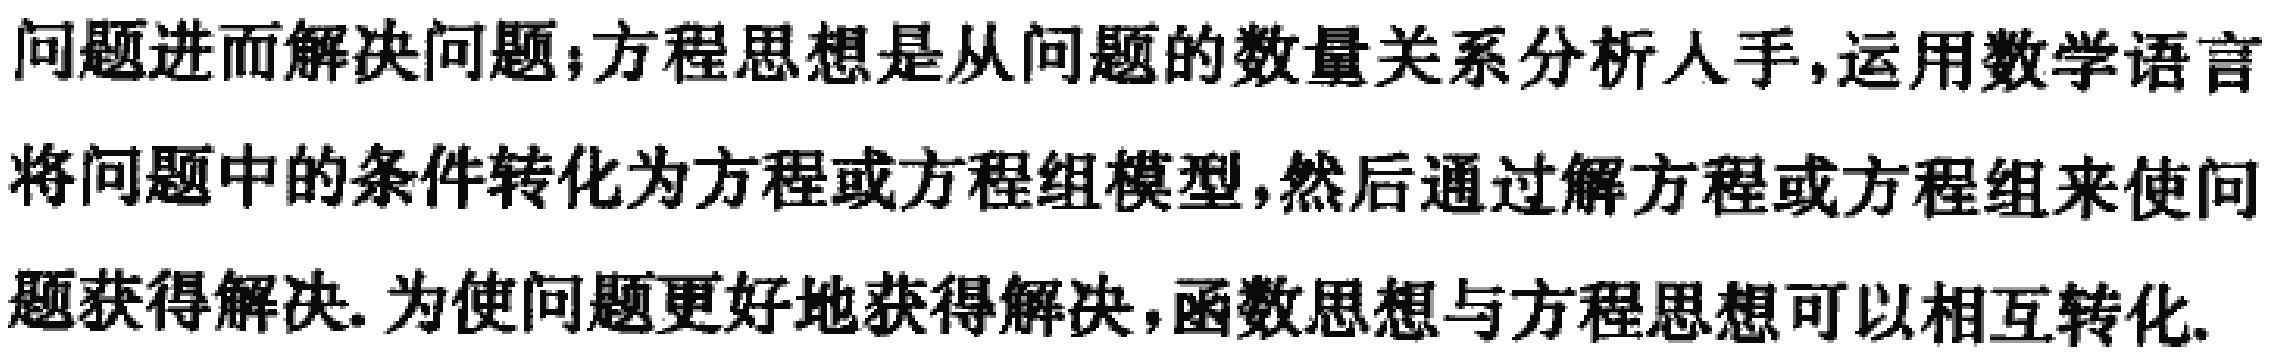
问题进而解决问题；方程思想是从问题的数量关系分析人手，运用数学语言将问题中的条件转化为方程或方程组模型，然后通过解方程或方程组来使问题获得解决. 为使问题更好地获得解决，函数思想与方程思想可以相互转化.